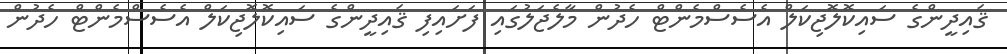
ޤައިދީންގެ ސައިކޮލޮޖިކަލް އެސެސްމެންޓް ހެދުން މާލެޖަލުގައި ފަށައިފި ޤައިދީންގެ ސައިކޮލޮޖިކަލް އެސެސްމެންޓް ހެދުން